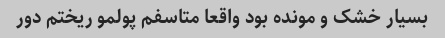
بسیار خشک و مونده بود واقعا متاسفم پولمو ریختم دور